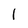
Character: 1